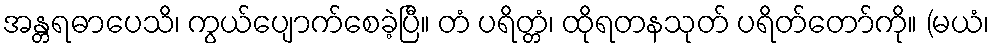
အန္တရဓာပေသိ၊ ကွယ်ပျောက်စေခဲ့ပြီ။ တံ ပရိတ္တံ၊ ထိုရတနသုတ် ပရိတ်တော်ကို။ (မယံ၊